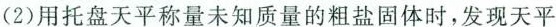
(2)用托盘天平称量未知质量的粗盐固体时，发现天平